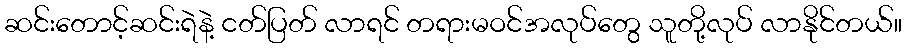
ဆင်းတောင့်ဆင်းရဲနဲ့ ငတ်ပြတ် လာရင် တရားမဝင်အလုပ်တွေ သူတို့လုပ် လာနိုင်တယ်။